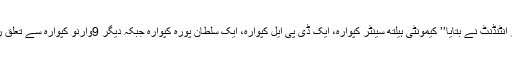
میڈیکل سپر انٹنڈنٹ نے بتایا’’ کیمونٹی ہیلتھ سینٹر کپوارہ، ایک ڈی پی ایل کپوارہ، ایک سلطان پورہ کپوارہ جبکہ دیگر 9وارنو کپوارہ سے تعلق رکھتے ہیں۔